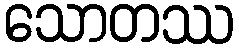
သောတဿ